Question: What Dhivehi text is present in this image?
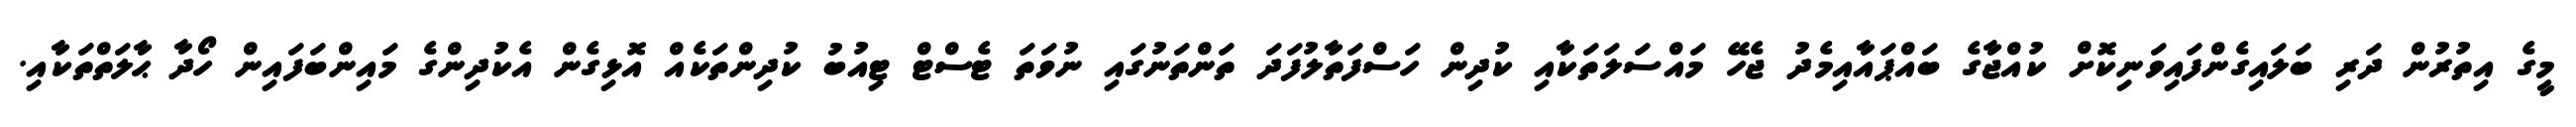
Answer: މީގެ އިތުރުން ދަރި ބަލައިގެންފައިވަނިކޮށް ކުއްޖާގެ ބައްޕައާއިމެދު ޖެހޭ މައްސަލަތަކާއި ކުދިން ހަސްފަތާލުފަދަ ތަންތަނުގައި ނުވަތަ ޓެސްޓް ޓިއުބު ކުދިންތަކެއް އޮޅިގެން އެކުދިންގެ މައިންބަފައިން ހޯދާ ޙާލަތްތަކާއި.